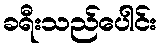
ခရီးသည်ပေါင်း